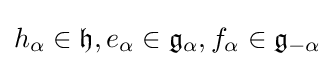
h_{\alpha }\in {\mathfrak {h}},e_{\alpha }\in {\mathfrak {g}}_{\alpha },f_{\alpha }\in {\mathfrak {g}}_{-\alpha }